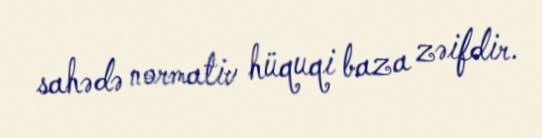
sahədə normativ hüquqi baza zəifdir.